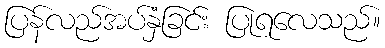
ပြန်လည်အပ်နှံခြင်း ပြုရလေသည်။